Civil Veterinary Department. Madras. Admin. report 1926-33 - 1926-1933
Year: 1926
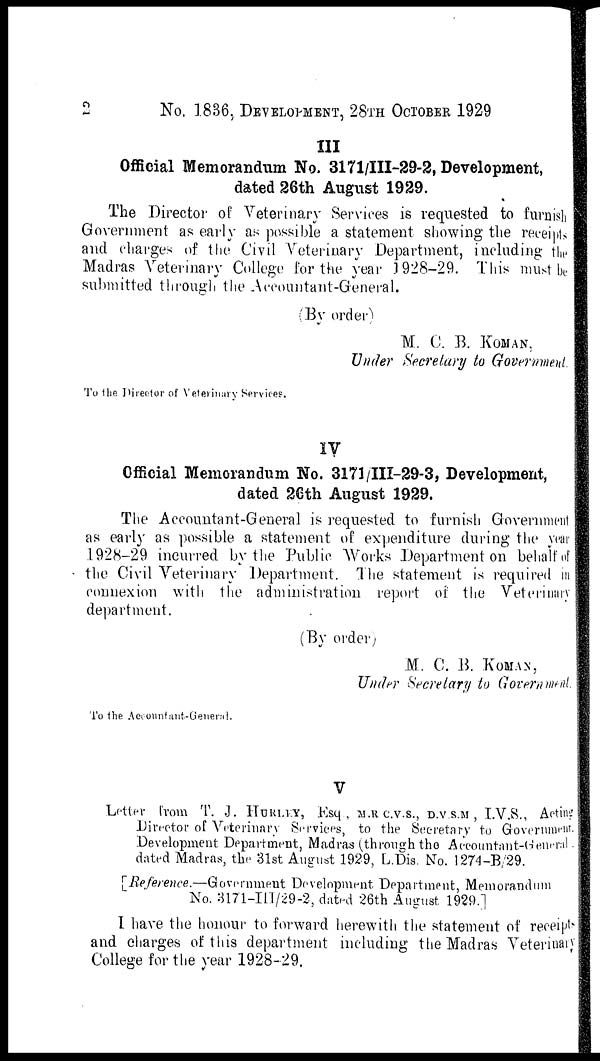
2
No. 1836, DEVELOPMENT, 28TH OCTOBER 1929
III
Official Memorandum No. 3171/III-29-2, Development,
dated 26th August 1929.
The Director of Veterinary Services is requested to furnish |
Government as early as possible a statement showing the receipts
and charges of the Civil Veterinary Department, including the
Madras Veterinary College for the year 1928-29. This must be
submitted through the Accountant-General.
(By order)
M. C. B. KOMAN,
Under Secretary to Government.
To the Director of Veterinary Services.
IV
Official Memorandum No. 3171/III-29-3, Development,
dated 26th August 1929.
The Accountant-General is requested to furnish Government
as early as possible a statement of expenditure during the year
1928-29 incurred by the Public Works Department on behalf of
the Civil Veterinary Department. The statement is required i n
connexion with the administration report of the Veterinary
department.
(By order)
M. C. B. KOMAN,
Under Secretary to Government
To the Accountant-General.
V
Letter from T. J. HURLEY, Esq, M.R.C.V.S., D.V.S.M , I.V.S., Acting
Director of Veterinary Services, to the Secretary to Government.
Development Department, Madras (through the Accountant-General.
dated Madras, the 31st August 1929, L.Dis. No. 1274-B/29.
[Reference.—Government Development Department, Memorandum
No. 3171-III/29-2, dated 26th August 1929.]
I have the honour to forward herewith the statement of receipts
and charges of this department including the Madras Veterinary
College for the year 1928-29.